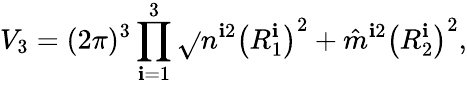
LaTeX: V_{3}=(2\pi)^{3}\prod_{\mathbf{i}=1}^{3}\sqrt{}{{n^{\mathbf{i}2}\left(R_{1}^{\mathbf{i}}\right)^{2}+\hat{{m}}^{\mathbf{i}2}\left(R_{2}^{\mathbf{i}}\right)^{2}}},